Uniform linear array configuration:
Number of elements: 48
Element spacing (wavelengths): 0.25
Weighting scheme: binomial
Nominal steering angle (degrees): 45
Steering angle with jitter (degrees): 45.195
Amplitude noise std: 0.05
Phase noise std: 0.05

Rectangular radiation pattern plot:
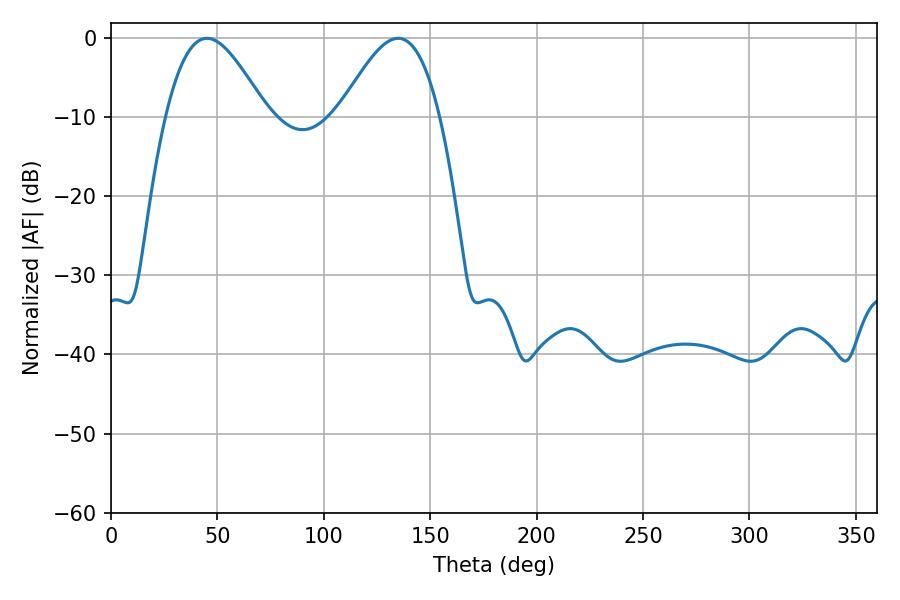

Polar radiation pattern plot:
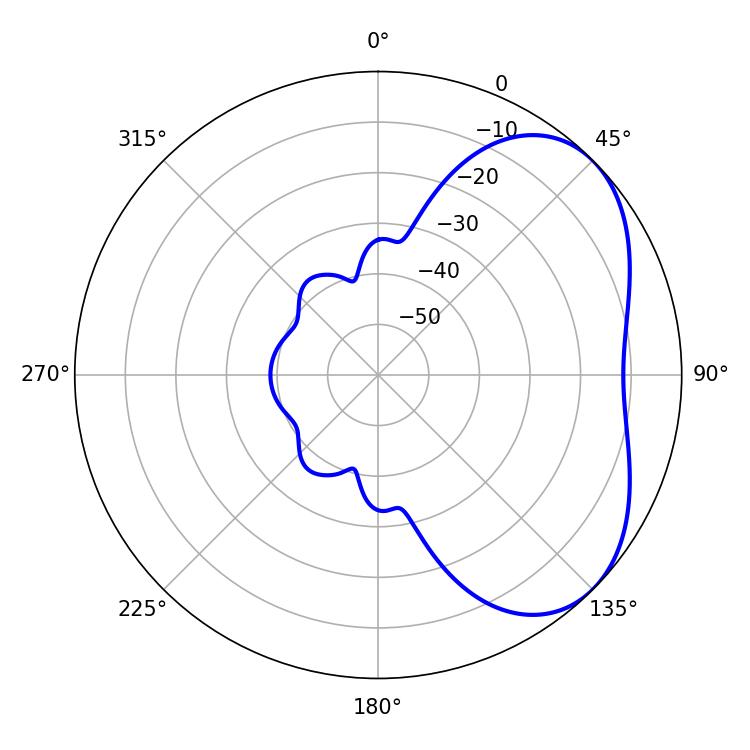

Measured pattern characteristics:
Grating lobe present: FALSE
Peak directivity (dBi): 4.323
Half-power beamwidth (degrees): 25.38
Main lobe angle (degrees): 45